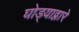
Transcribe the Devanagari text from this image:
घोड्याद्वारे